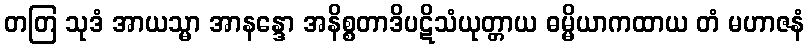
တတြ သုဒံ အာယသ္မာ အာနန္ဒော အနိစ္စတာဒိပဋိသံယုတ္တာယ ဓမ္မိယာကထာယ တံ မဟာဇနံ